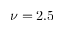
\nu = 2 . 5